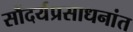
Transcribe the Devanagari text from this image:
सौंदर्यप्रसाधनांत